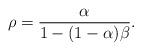
LaTeX: \begin{align*}\rho = \frac{\alpha}{1 - (1 - \alpha) \beta }. \end{align*}